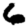
Digit: 6